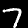
Label: 7